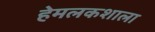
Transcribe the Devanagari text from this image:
हेमलकशाला